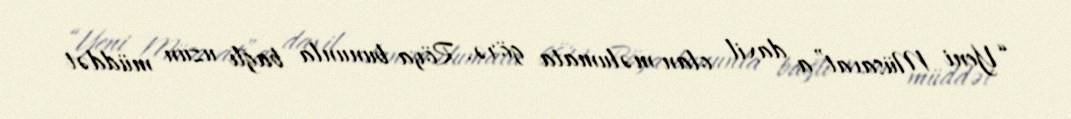
“Yeni Müsavat”a daxil olan məlumata görə, Röya bununla bağlı uzun müddət